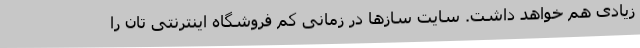
زیادی هم خواهد داشت. سایت سازها در زمانی کم فروشگاه اینترنتی تان را